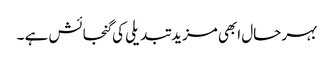
بہر حال ابھی مزید تبدیلی کی گنجائش ہے ۔